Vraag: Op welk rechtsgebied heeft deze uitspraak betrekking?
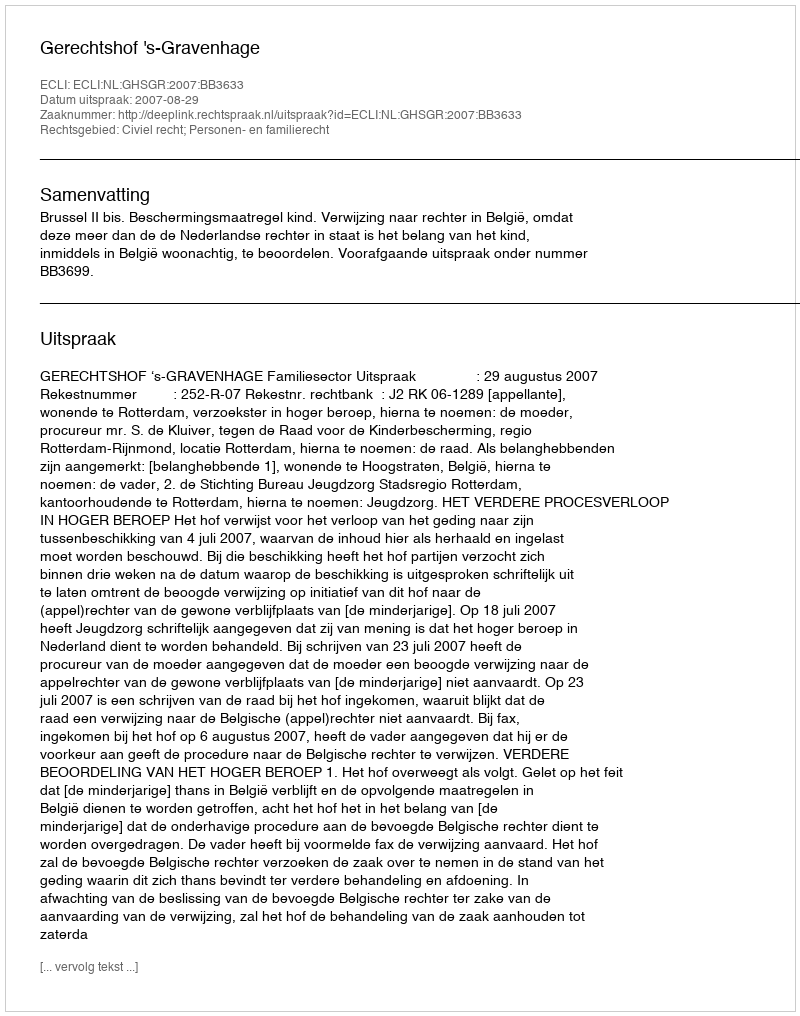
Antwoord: Civiel recht; Personen- en familierecht